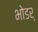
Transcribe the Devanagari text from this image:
भोडर्